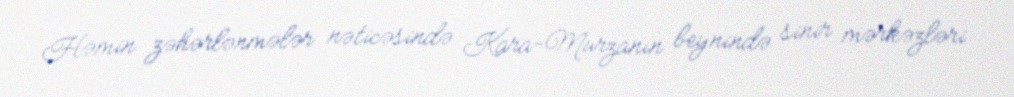
Həmin zəhərlənmələr nəticəsində Kara-Murzanın beynində sinir mərkəzləri